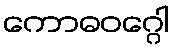
ကောဓဝဂ္ဂေါ